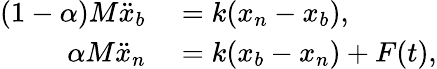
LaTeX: \begin{array}{rl}{(1-\alpha)M\ddot{x}_{b}}&{{}=k(x_{n}-x_{b}),}\\ {\alpha M\ddot{x}_{n}}&{{}=k(x_{b}-x_{n})+F(t),}\end{array}